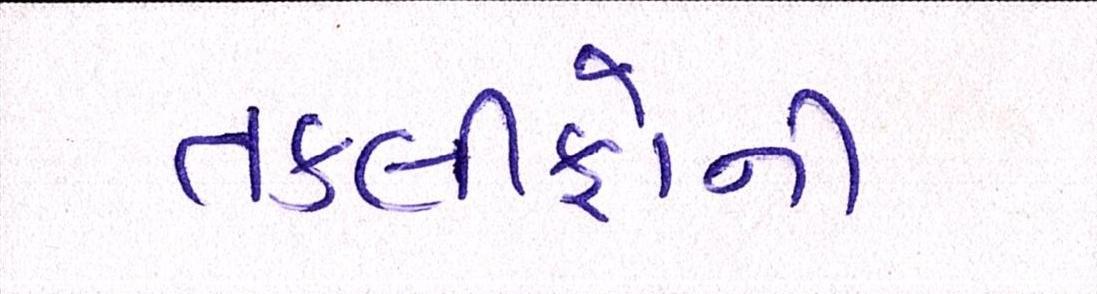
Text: તકલીફોની